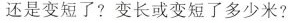
还是变短了?变长或变短了多少米?